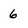
Character: 6